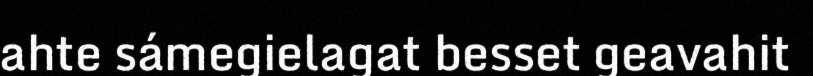
ahte sámegielagat besset geavahit